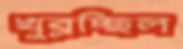
খুব্‌লচ্ছিল